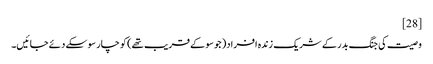
[28]
وصیت کی جنگ بدر کے شریک زندہ افراد( جو سو کے قریب تھے) کو چار سو سکے دئے جائیں۔